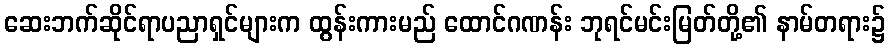
ဆေးဘက်ဆိုင်ရာပညာရှင်များက ထွန်းကားမည် ထောင်ဂဏန်း ဘုရင်မင်းမြတ်တို့၏ နာမ်တရား၌